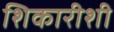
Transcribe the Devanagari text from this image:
शिकारीशी